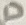
Text: D